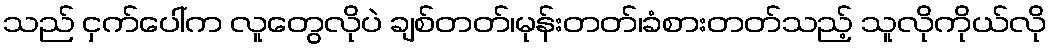
သည် ငှက်ပေါ်က လူတွေလိုပဲ ချစ်တတ်၊မုန်းတတ်၊ခံစားတတ်သည့် သူလိုကိုယ်လို